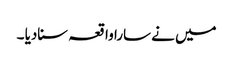
میں نے سارا واقعہ سنادیا ۔